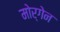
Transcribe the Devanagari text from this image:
मोर्गेन